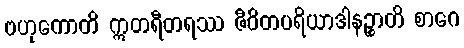
ဗဟုကောတိ ဣတရီတရဿ ဇီဝိတပရိယာဒါနဉ္စာတိ စာဂေ